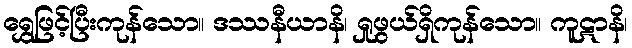
ရွှေဖြင့်ပြီးကုန်သော။ ဒဿနီယာနိ၊ ရှုဖွယ်ရှိကုန်သော။ ကူဋာနိ၊